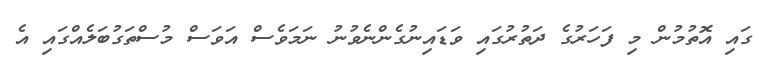
ގައި އޮތުމުން މި ފަހަރުގެ ދަތުރުގައި ވަޑައިނުގެންނެވުނު ނަމަވެސް އަވަސް މުސްތަގުބަލެއްގައި އެ